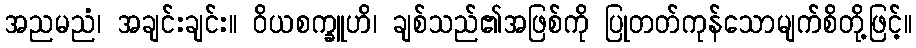
အညမညံ၊ အချင်းချင်း။ ဝိယစက္ခူဟိ၊ ချစ်သည်၏အဖြစ်ကို ပြုတတ်ကုန်သောမျက်စိတို့ဖြင့်။